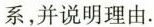
系，并说明理由.